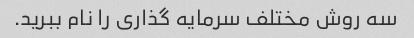
سه روش مختلف سرمایه گذاری را نام ببرید.